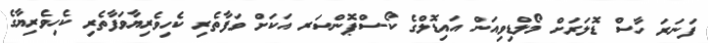
ފަނަރަ ހާސް ޑޮލަރަށް މޯލްޑިވިއަން އައިޑޮލްގެ ކޯ-ސްޕޮންސަރ އަކަށް ވަފާތެރި ކެހިވެރިޔާވަފާތެރި ކެހިވެރިޔާގެ